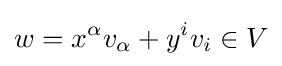
w=x^{\alpha }v_{\alpha }+y^{i}v_{i}\in V